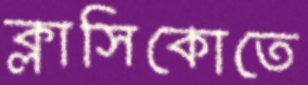
ক্লাসিকোতে